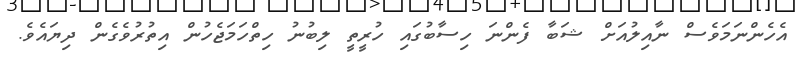
އެހެންނަމަވެސް ނާއިލުއަށް ޝަބާ ފެންނަ ހިސާބުގައި ހުރީތީ ލިބުނު ހިތްހަމަޖެހުން އިތުރުވެގެން ދިޔައެވެ.